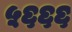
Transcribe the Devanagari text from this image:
५६६६